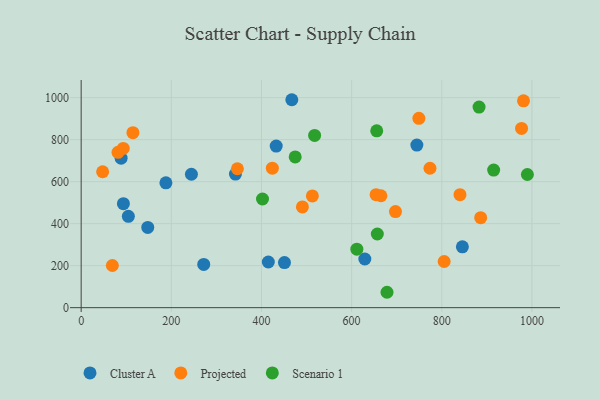
{"axis": {"x": "Experience", "y": "Salary"}, "legend": ["Cluster A", "Projected", "Scenario 1"], "data": [{"x": "104.7", "y": 434.9, "type": "Cluster A"}, {"x": "415.2", "y": 217.5, "type": "Cluster A"}, {"x": "467.3", "y": 990.2, "type": "Cluster A"}, {"x": "451.0", "y": 214.7, "type": "Cluster A"}, {"x": "188.0", "y": 594.3, "type": "Cluster A"}, {"x": "93.7", "y": 495.1, "type": "Cluster A"}, {"x": "244.6", "y": 635.4, "type": "Cluster A"}, {"x": "88.6", "y": 711.9, "type": "Cluster A"}, {"x": "432.7", "y": 769.4, "type": "Cluster A"}, {"x": "271.9", "y": 205.9, "type": "Cluster A"}, {"x": "147.7", "y": 382.1, "type": "Cluster A"}, {"x": "845.7", "y": 289.8, "type": "Cluster A"}, {"x": "629.3", "y": 231.8, "type": "Cluster A"}, {"x": "744.7", "y": 774.4, "type": "Cluster A"}, {"x": "342.3", "y": 636.2, "type": "Cluster A"}, {"x": "773.8", "y": 664.0, "type": "Projected"}, {"x": "697.3", "y": 457.6, "type": "Projected"}, {"x": "981.3", "y": 985.2, "type": "Projected"}, {"x": "749.2", "y": 901.8, "type": "Projected"}, {"x": "47.6", "y": 647.3, "type": "Projected"}, {"x": "886.3", "y": 428.3, "type": "Projected"}, {"x": "114.8", "y": 833.1, "type": "Projected"}, {"x": "490.8", "y": 479.8, "type": "Projected"}, {"x": "81.7", "y": 739.8, "type": "Projected"}, {"x": "512.9", "y": 532.2, "type": "Projected"}, {"x": "654.3", "y": 537.9, "type": "Projected"}, {"x": "805.3", "y": 219.8, "type": "Projected"}, {"x": "665.0", "y": 533.0, "type": "Projected"}, {"x": "93.4", "y": 758.5, "type": "Projected"}, {"x": "977.0", "y": 853.6, "type": "Projected"}, {"x": "840.4", "y": 538.1, "type": "Projected"}, {"x": "346.6", "y": 661.4, "type": "Projected"}, {"x": "69.2", "y": 200.9, "type": "Projected"}, {"x": "424.1", "y": 664.3, "type": "Projected"}, {"x": "882.7", "y": 955.2, "type": "Scenario 1"}, {"x": "474.8", "y": 717.8, "type": "Scenario 1"}, {"x": "655.7", "y": 842.3, "type": "Scenario 1"}, {"x": "657.0", "y": 350.8, "type": "Scenario 1"}, {"x": "611.6", "y": 278.3, "type": "Scenario 1"}, {"x": "402.3", "y": 517.5, "type": "Scenario 1"}, {"x": "517.9", "y": 820.2, "type": "Scenario 1"}, {"x": "678.5", "y": 73.3, "type": "Scenario 1"}, {"x": "915.1", "y": 655.4, "type": "Scenario 1"}, {"x": "989.9", "y": 634.2, "type": "Scenario 1"}]}